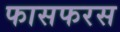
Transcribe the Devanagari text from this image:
फासफरस